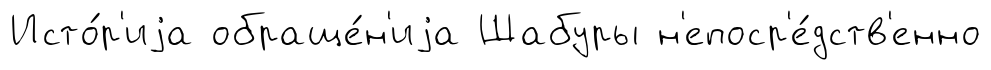
Исто́р'иjа обраще́н'иjа Шабуры н'епоср'е́дств'енно